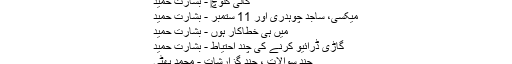
ٹیگزشادی فنکشن نکاح
گالی گلوچ‎ - بشارت حمید
میکسی، ساجد چوہدری اور 11 ستمبر - بشارت حمید
میں ہی خطاکار ہوں - بشارت حمید
گاڑی ڈرائیو کرنے کی چند احتیاط - بشارت حمید
چند سوالات ، چند گزارشات - محمد بھٹی
خریداری غیرمہذب کتابوں کی - ماجد عارفی